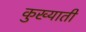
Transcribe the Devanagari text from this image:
कुख्याती